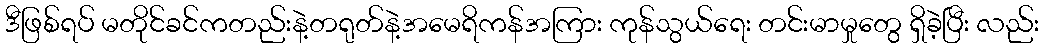
ဒီဖြစ်ရပ် မတိုင်ခင်ကတည်းနဲ့တရုတ်နဲ့အမေရိကန်အကြား ကုန်သွယ်ရေး တင်းမာမှုတွေ ရှိခဲ့ပြီး လည်း